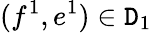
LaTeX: (f^{1},e^{1})\in\mathtt{D}_{1}